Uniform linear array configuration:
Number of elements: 24
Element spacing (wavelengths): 0.25
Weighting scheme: hamming
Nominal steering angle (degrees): -45
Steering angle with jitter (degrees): -43.8
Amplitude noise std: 0.05
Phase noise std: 0.05

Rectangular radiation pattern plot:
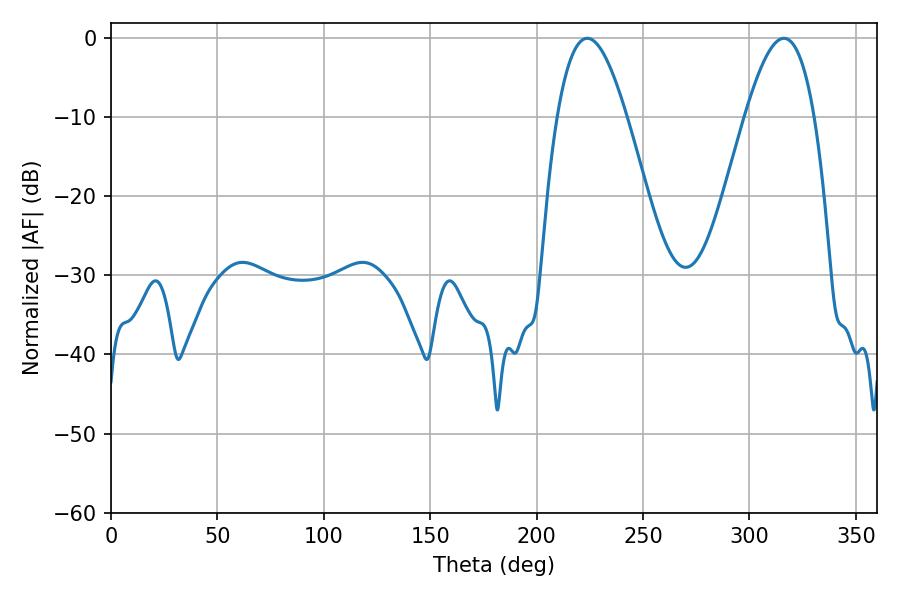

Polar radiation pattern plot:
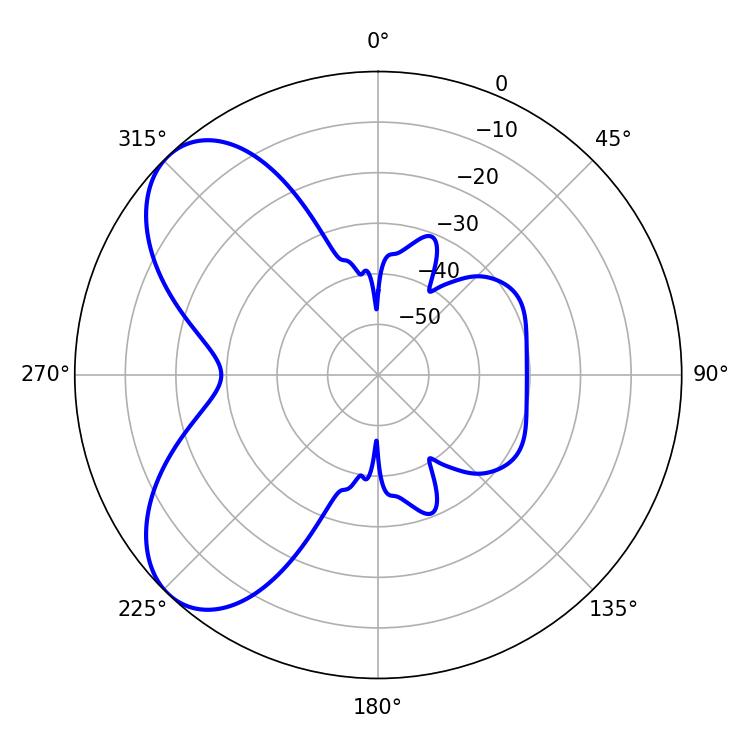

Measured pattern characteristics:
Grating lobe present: FALSE
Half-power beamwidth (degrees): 17.64
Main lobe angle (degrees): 223.74